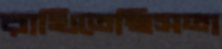
রাখিতেছিসতা